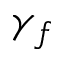
\gamma _ { f }